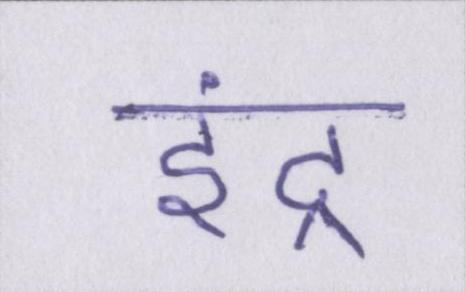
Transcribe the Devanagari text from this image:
इंद्र